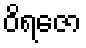
ဝိရဇော